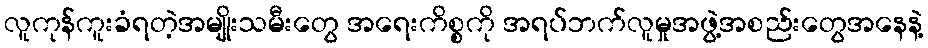
လူကုန်ကူးခံရတဲ့အမျိုးသမီးတွေ အရေးကိစ္စကို အရပ်ဘက်လူမှုအဖွဲ့အစည်းတွေအနေနဲ့